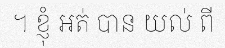
។ ខ្ញុំ អត់ បាន យល់ ពី